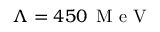
\Lambda = 4 5 0 \, \mathrm { ~ M ~ e ~ V ~ }